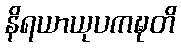
နိရယာယုပကဍ္ဎတိ